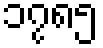
၁၇၈၅